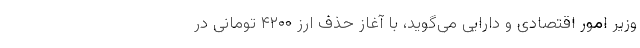
وزیر امور اقتصادی و دارایی می‌گوید، با آغاز حذف ارز ۴۲۰۰ تومانی در